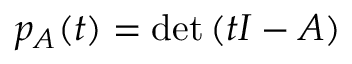
p _ { A } ( t ) = \operatorname* { d e t } \left( t I - A \right)